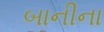
બાનીના